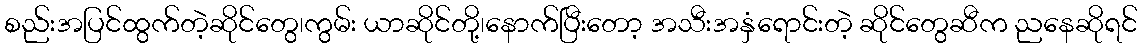
စည်းအပြင်ထွက်တဲ့ဆိုင်တွေ၊ကွမ်း ယာဆိုင်တို့၊နောက်ပြီးတော့ အသီးအနှံရောင်းတဲ့ ဆိုင်တွေဆီက ညနေဆိုရင်